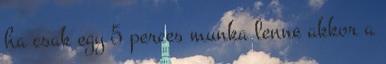
ha csak egy 5 perces munka lenne akkor a